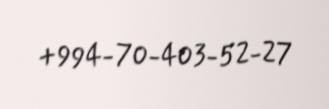
+994-70-403-52-27